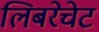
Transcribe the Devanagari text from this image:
लिबरेचेट